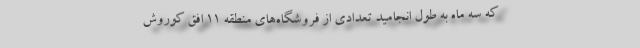
که سه ماه به طول انجامید تعدادی از فروشگاه‌های منطقه 11 افق کوروش